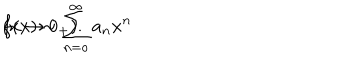
f ( x ) \sim \sum _ { n = o } ^ { \infty } a _ { n } x ^ { n } \hspace { 1 c m } ( x \rightarrow 0 _ { + } ) .